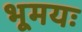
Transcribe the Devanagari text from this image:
भूमयः